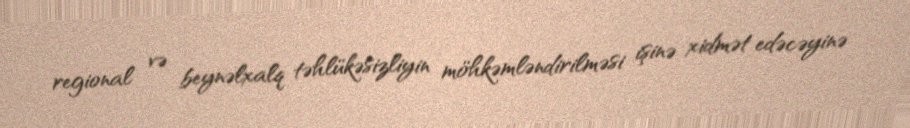
regional və beynəlxalq təhlükəsizliyin möhkəmləndirilməsi işinə xidmət edəcəyinə